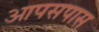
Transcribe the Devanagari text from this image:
आपसपास